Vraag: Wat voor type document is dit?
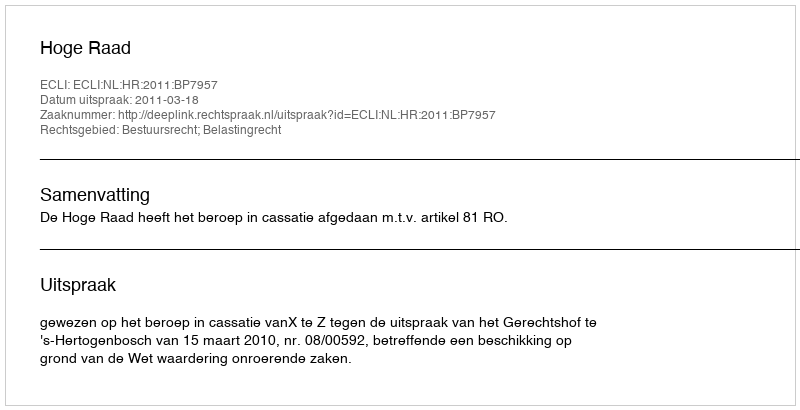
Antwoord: Uitspraak